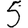
Digit: 5